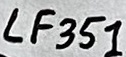
Text: LF351